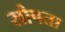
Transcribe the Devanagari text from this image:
सौपता